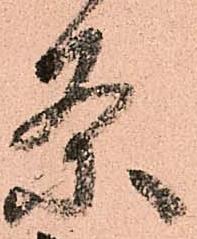
条